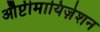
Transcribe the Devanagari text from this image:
औप्टीमायिज़ेशन